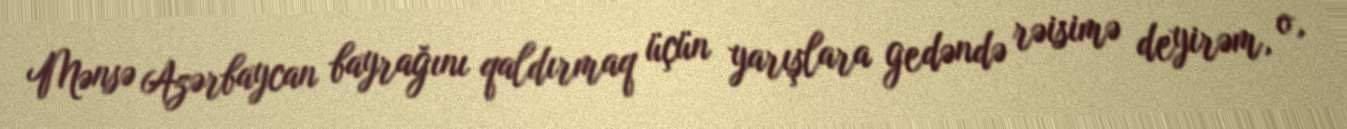
Mənsə Azərbaycan bayrağını qaldırmaq üçün yarışlara gedəndə rəisimə deyirəm, o,